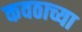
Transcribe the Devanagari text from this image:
कवठाच्या